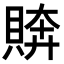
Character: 𧶭